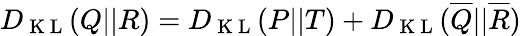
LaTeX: D_{\mathrm{~K~L~}}(Q||R)=D_{\mathrm{~K~L~}}(P||T)+D_{\mathrm{~K~L~}}(\overline{{Q}}||\overline{{R}})